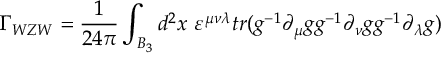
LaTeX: \Gamma _ { W Z W } = { \frac { 1 } { 2 4 \pi } } \int _ { B _ { 3 } } d ^ { 2 } x \ \varepsilon ^ { \mu \nu \lambda } { t r ( g ^ { - 1 } \partial _ { \mu } g g ^ { - 1 } \partial _ { \nu } g g ^ { - 1 } \partial _ { \lambda } g ) }